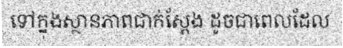
ទៅក្នុងស្ថានភាពជាក់ស្តែង ដូចជាពេលដែល